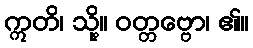
ဣတိ၊ သို့။ ဝတ္တဗ္ဗော၊ ၏။